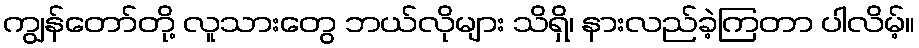
ကျွန်တော်တို့ လူသားတွေ ဘယ်လိုများ သိရှိ၊ နားလည်ခဲ့ကြတာ ပါလိမ့်။